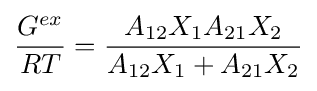
{\frac {G^{ex}}{RT}}={\frac {A_{12}X_{1}A_{21}X_{2}}{A_{12}X_{1}+A_{21}X_{2}}}